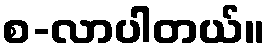
စ-လာပါတယ်။